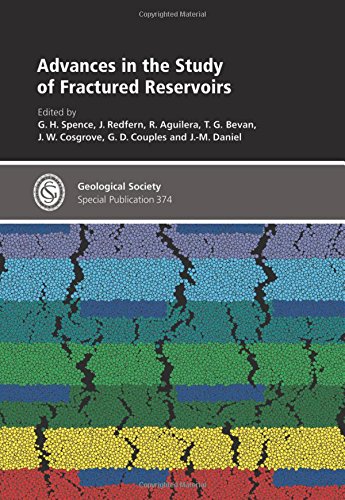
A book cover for Advances in the Study of Fractured Reservoirs (Geological Society of London Special Publications); G. H. Spence; Science & Math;